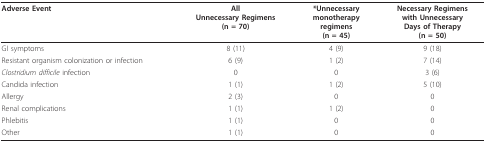
| Adverse Event | AllUnnecessary Regimens(n = 70) | *Unnecessarymonotherapyregimens(n = 45) | Necessary Regimenswith UnnecessaryDays of Therapy(n = 50) |
 | --- | --- | --- | --- |
 | GI symptoms | 8 (11) | 4 (9) | 9 (18) |
 | Resistant organism colonization or infection | 6 (9) | 1 (2) | 7 (14) |
 | Clostridium difficile infection | 0 | 0 | 3 (6) |
 | Candida infection | 1 (1) | 1 (2) | 5 (10) |
 | Allergy | 2 (3) | 0 | 0 |
 | Renal complications | 1 (1) | 1 (2) | 0 |
 | Phlebitis | 1 (1) | 0 | 0 |
 | Other | 1 (1) | 0 | 0 |